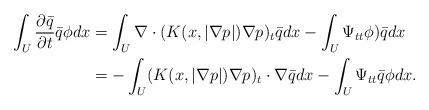
LaTeX: \begin{align*}\int_U\frac{\partial \bar{q}}{\partial t}\bar q\phi dx&=\int_U \nabla \cdot(K(x,|\nabla p |)\nabla p)_t \bar q dx-\int_U \Psi_{tt}\phi)\bar q dx\\&=-\int_U (K(x,|\nabla p |)\nabla p)_t\cdot\nabla\bar qdx-\int_U\Psi_{tt}\bar q \phi dx.\end{align*}